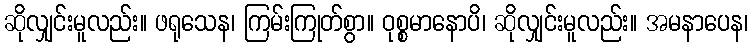
ဆိုလျှင်းမူလည်း။ ဖရုသေန၊ ကြမ်းကြုတ်စွာ။ ဝုစ္စမာနောပိ၊ ဆိုလျှင်းမူလည်း။ အမနာပေန၊